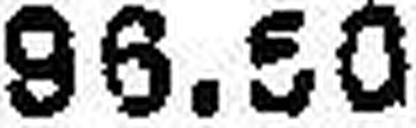
96.50